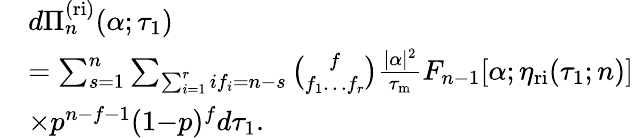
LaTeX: \begin{array}{rl}&{d\Pi_{n}^{\mathrm{(ri)}}(\alpha;\tau_{1})}\\ &{=\sum_{s=1}^{n}\sum_{\sum_{i=1}^{r}if_{i}=n-s}\binom{f}{f_{1}\ldots f_{r}}\frac{|\alpha|^{2}}{\tau_{\mathrm{m}}}F_{n-1}[\alpha;\eta_{\mathrm{ri}}(\tau_{1};n)]}\\ &{\times p^{n-f-1}(1{-}p)^{f}d\tau_{1}.}\end{array}